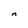
Character: n